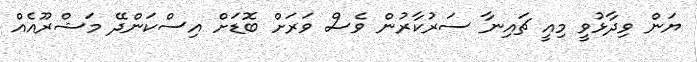
ޔަން ވިދާޅުވީ މިއީ ޗައިނާ ސަރުކާރުން ވެސް ވަރަށް ބޮޑަށް އިސްކަންދޭ މަޝްރޫއެއް